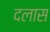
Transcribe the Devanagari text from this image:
दलास